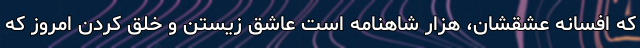
که افسانه عشقشان، هزار شاهنامه است عاشق زیستن و خلق کردن امروز که